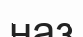
наз